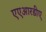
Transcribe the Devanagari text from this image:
एएआरडीए